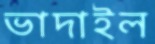
ভাদাইল